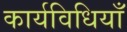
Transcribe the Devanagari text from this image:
कार्यविधियाँ